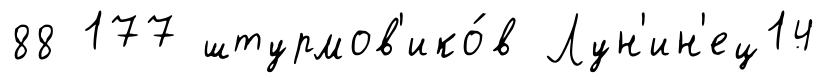
88 177 штурмов'ико́в Лун'ин'ец14